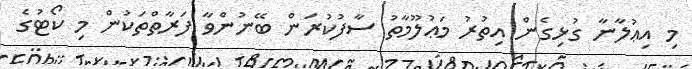
މި އިޢުލާނާ ގުޅިގެން އިތުރު މަޢުލޫމާތު ސާފުކުރަން ބޭނުންވާ ފަރާތްތަކުން މި ކޯޓުގެ